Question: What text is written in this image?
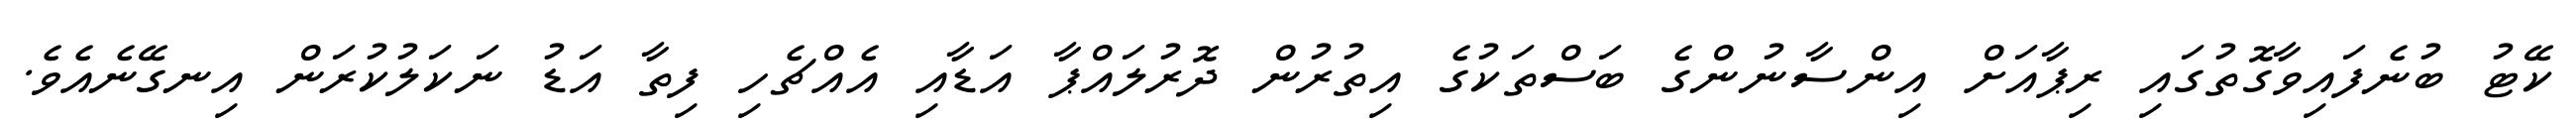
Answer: ކޭޓު ބުނެފައިވާގޮތުގައި ރިޕާއަށް އިންސާނުންގެ ބަސްތަކުގެ އިތުރުން ދޮރުލައްޕާ އަޑާއި އެއްޗެހި ފިތާ އަޑު ނަކަލުކުރަން އިނގޭނެއެވެ.